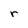
Character: r